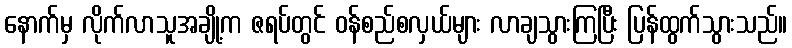
နောက်မှ လိုက်လာသူအချို့က ဇရပ်တွင် ဝန်စည်စလှယ်များ လာချသွားကြပြီး ပြန်ထွက်သွားသည်။